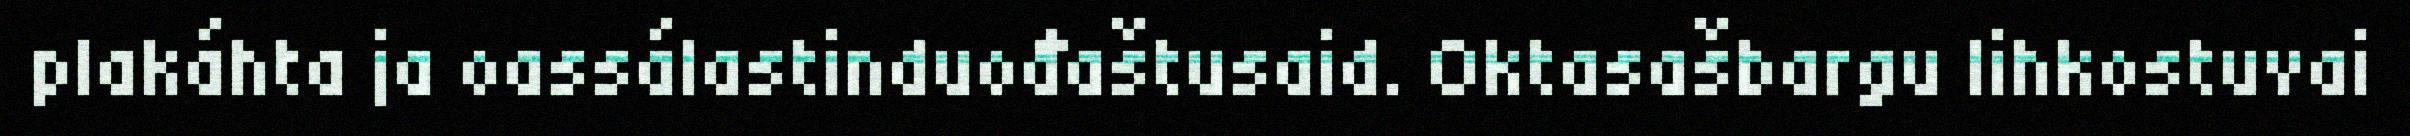
plakáhta ja oassálastinduođaštusaid. Oktasašbargu lihkostuvai